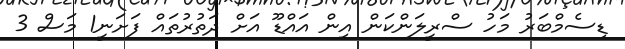
ޑިސެމްބަރު މަހު ސްރީލަންކަން އިން އައްޑޫ އަށް ދަތުރުތައް ފަށަނީ1 މަސް 3